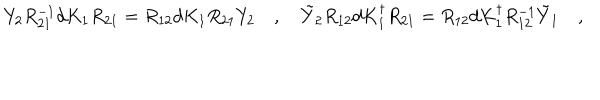
Y _ { 2 } R _ { 2 1 } ^ { - 1 } d K _ { 1 } R _ { 2 1 } = R _ { 1 2 } d K _ { 1 } R _ { 2 1 } Y _ { 2 } \quad , \quad \tilde { Y } _ { 2 } R _ { 1 2 } d K _ { 1 } ^ { \dagger } R _ { 2 1 } = R _ { 1 2 } d K _ { 1 } ^ { \dagger } R _ { 1 2 } ^ { - 1 } \tilde { Y } _ { 1 } \quad ,